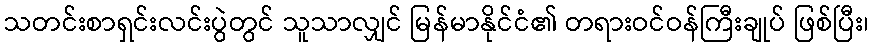
သတင်းစာရှင်းလင်းပွဲတွင် သူသာလျှင် မြန်မာနိုင်ငံ၏ တရားဝင်ဝန်ကြီးချုပ် ဖြစ်ပြီး၊